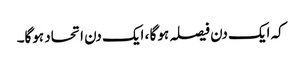
کہ ایک دن فیصلہ ہوگا ، ایک دن اتحاد ہوگا۔